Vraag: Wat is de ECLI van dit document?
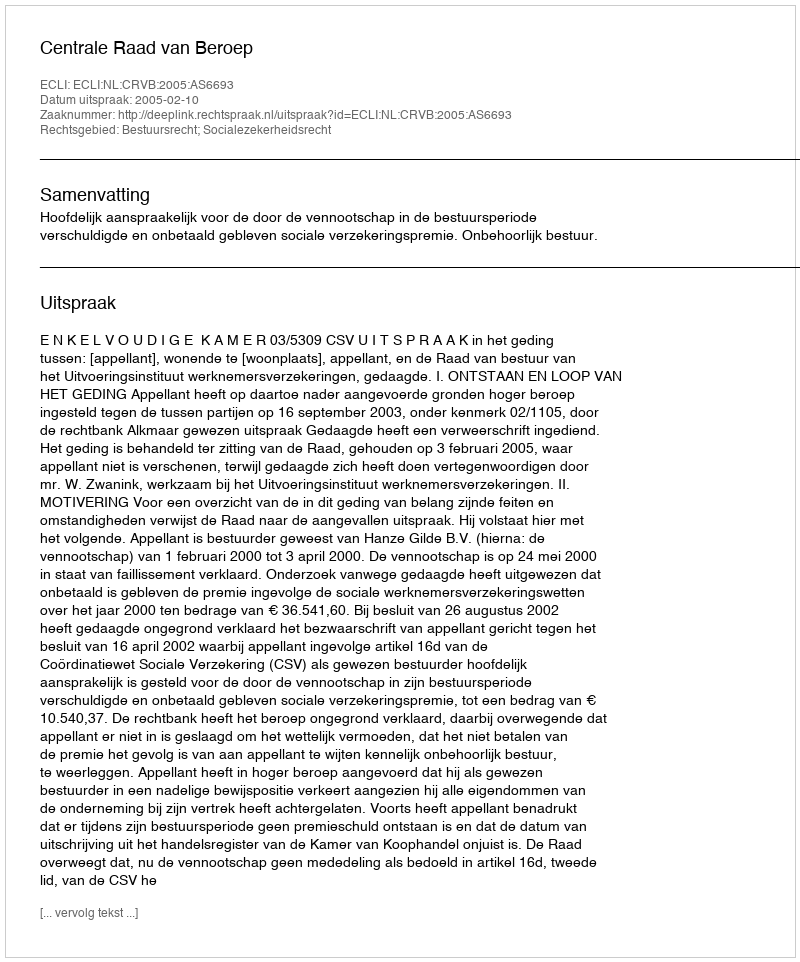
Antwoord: ECLI:NL:CRVB:2005:AS6693